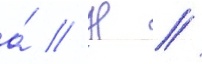
а́ // Н //